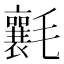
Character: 𣰶